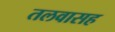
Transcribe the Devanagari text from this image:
तलवासह